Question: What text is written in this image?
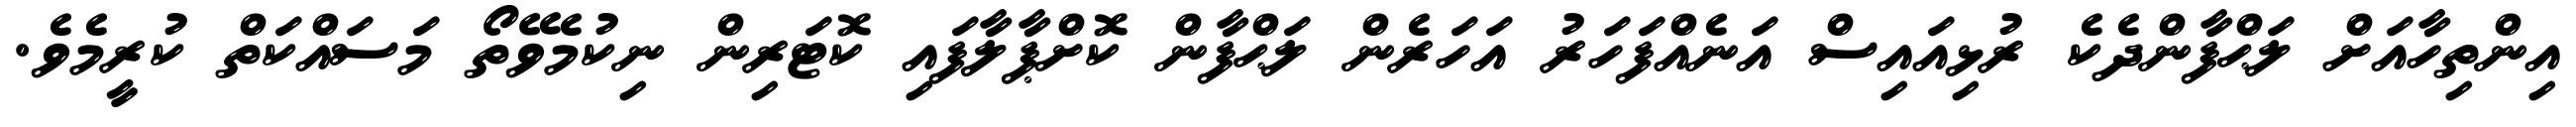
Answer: އިންތިހާއަށް ލަޙްފާންދެކެ ރުޅިއައިސް އަނެއްފަހަރު އަހަރެން ލަޙްފާން ކޮށްޕާލާފައި ކޮޓަރިން ނިކުމެވޭތޯ މަސައްކަތް ކުރީމެވެ.